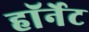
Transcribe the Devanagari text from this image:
हाॅर्नेट